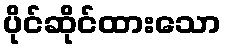
ပိုင်ဆိုင်ထားသော